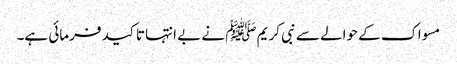
مسواک کے حوالے سے نبی کریم ﷺ نے بے انتہا تاکید فرمائی ہے۔